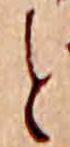
と